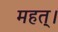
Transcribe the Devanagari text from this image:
महत्।